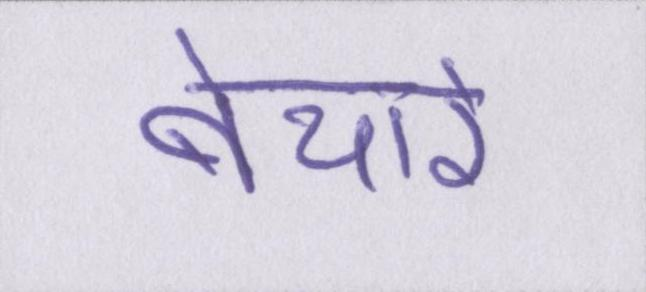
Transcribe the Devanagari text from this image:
बेचारे